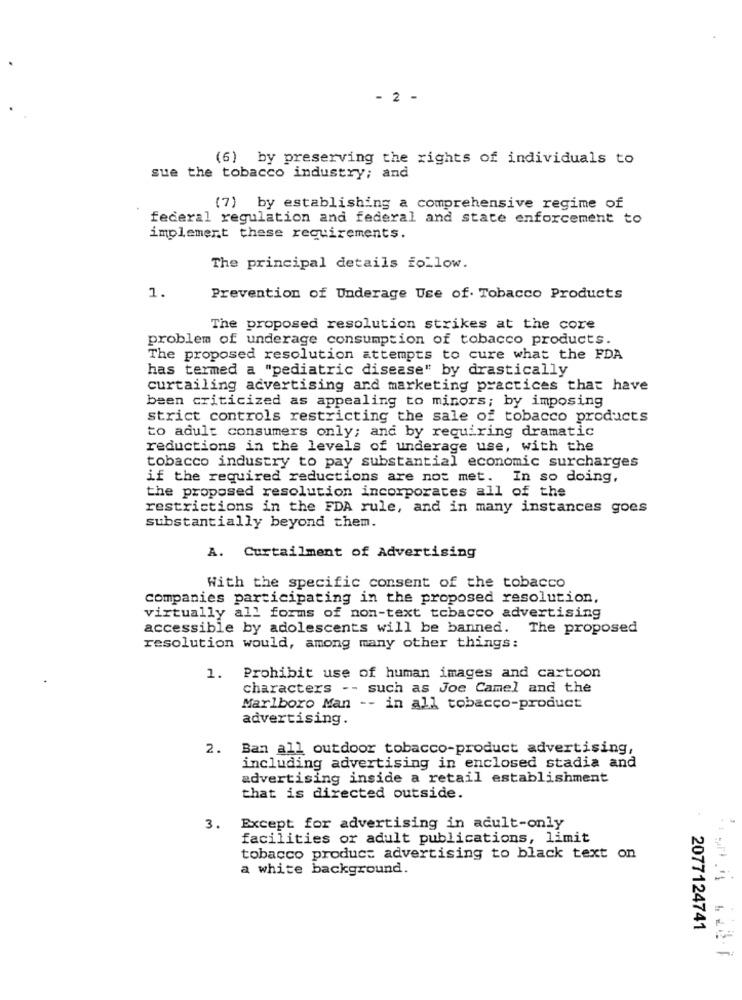
- 2 -
(6) by preserving the rights of individuals to
sue the tobacco industry; and
(7) by establishing a comprehensive regime of
federal regulation and federal and state enforcement to
implement these requirements.
The principal details follow.
1.
Prevention of Underage Use of. Tobacco Products
The proposed resolution strikes at the core
problem of underage consumption of tobacco products.
The proposed resolution attempts to cure what the FDA
has termed a "pediatric disease" by drastically
curtailing advertising and marketing practices that have
been criticized as appealing to minors; by imposing
strict controls restricting the sale of tobacco products
to adult consumers only; and by requiring dramatic
reductions in the levels of underage use, with the
tobacco industry to pay substantial economic surcharges
if the required reductions are not met. In so doing,
the proposed resolution incorporates all of the
restrictions in the FDA rule, and in many instances goes
substantially beyond them.
A. Curtailment of Advertising
With the specific consent of the tobacco
companies participating in the proposed resolution,
virtually all forms of non-text tobacco advertising
accessible by adolescents will be banned. The proposed
resolution would, among many other things:
1. Prohibit use of human images and cartoon
characters -- such as Joe Camel and the
Marlboro Man -- in all tobacco-product
advertising.
2.
Ban all outdoor tobacco-product advertising,
including advertising in enclosed stadia and
advertising inside a retail establishment
that is directed outside.
3. Except for advertising in adult-only
facilities or adult publications, limit
tobacco product advertising to black text on
a white background.
2077124741